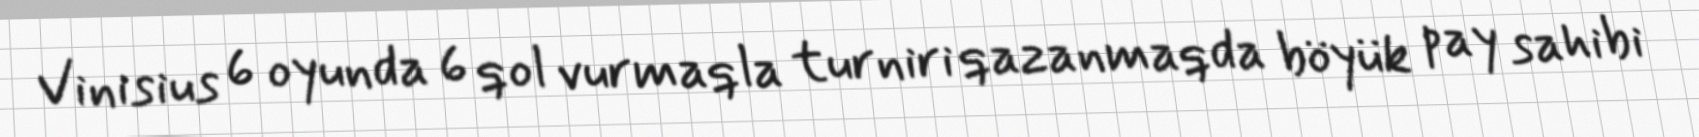
Vinisius 6 oyunda 6 qol vurmaqla turniri qazanmaqda böyük pay sahibi